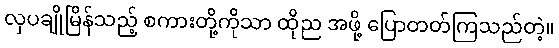
လှပချိုမြိန်သည့် စကားတို့ကိုသာ ထိုည အဖို့ ပြောတတ်ကြသည်တဲ့။